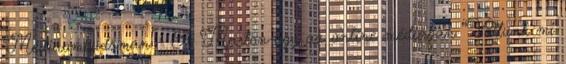
Médiaombudsman – A Marton-ügy az online médiában “Voltunk mi